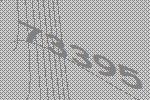
73395